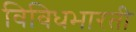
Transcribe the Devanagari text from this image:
विविधभारती